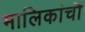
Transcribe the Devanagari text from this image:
मालिकांचॊ